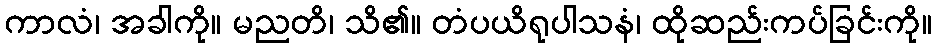
ကာလံ၊ အခါကို။ မညတိ၊ သိ၏။ တံပယိရုပါသနံ၊ ထိုဆည်းကပ်ခြင်းကို။